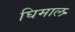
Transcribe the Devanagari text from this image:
घिमाल